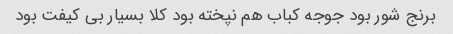
برنج شور بود جوجه کباب هم نپخته بود کلا بسیار بی کیفت بود